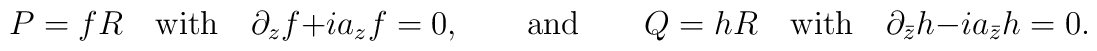
P=fR \quad {\rm with} \quad \partial_z f +i a_z f=0, \qquad           {\rm and} \qquad Q=hR \quad {\rm with}           \quad \partial_{\bar z} h -i a_{\bar z} h =0.